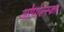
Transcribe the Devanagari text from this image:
ओपोल्स्का